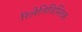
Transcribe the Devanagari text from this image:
रिलेतिविस्तिक